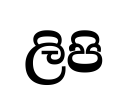
ලිපි